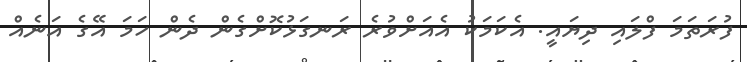
ފުރަތަަމަ ފްލައި ދިޔަައީ. އެކަމަކު އެއަށްވުރެ ރަނގަޅުކޮށްގެން ދެން ހަމަ އޭގެ އަނެއް